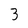
Character: 3